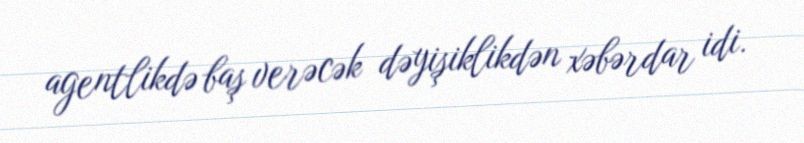
agentlikdə baş verəcək dəyişiklikdən xəbərdar idi.